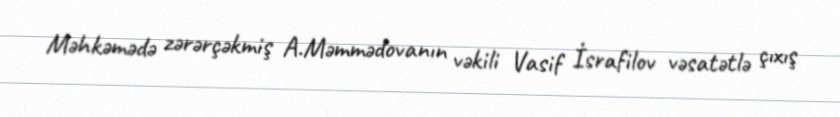
Məhkəmədə zərərçəkmiş A.Məmmədovanın vəkili Vasif İsrafilov vəsatətlə çıxış